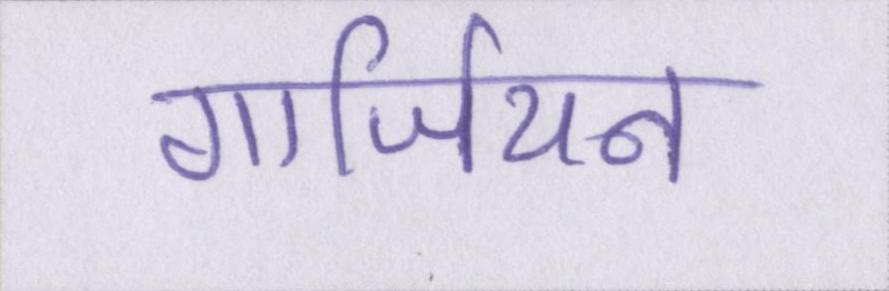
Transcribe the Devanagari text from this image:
गार्जियन